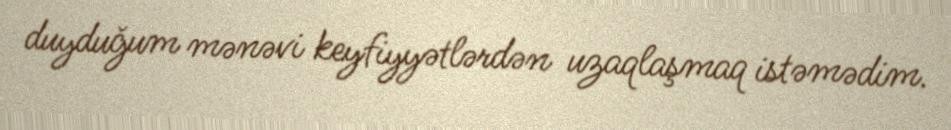
duyduğum mənəvi keyfiyyətlərdən uzaqlaşmaq istəmədim.